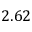
2 . 6 2